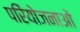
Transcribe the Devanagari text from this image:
परिेयोजनाओं